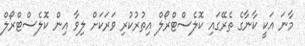
މާނަ އަކީ ކާނާގެ ތެރޭގައި ކޮލެސްޓްރޯލް އިތުރުކުރި ވަރަކަށް ލިވާ އިން ކޮލެސްޓްރޯލް